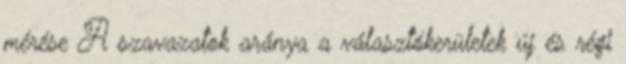
mérése A szavazatok aránya a választókerületek új és régi